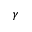
\gamma